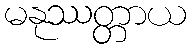
မနုဿတ္တာယ